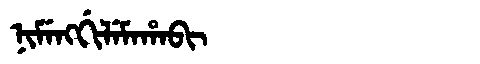
Manchu: ᠨᡳᠮᡝᠩᡤᡳᠯᡝᠮᠠᡥᠠᠪᡳ
Romanization: NIMENGGILEMAHABI